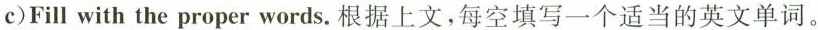
c)Fill with the proper words.根据上文，每空填写一个适当的英文单词。